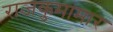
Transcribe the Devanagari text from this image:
राजकुमामार